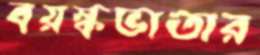
বয়স্কভাতার